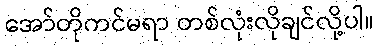
အော်တိုကင်မရာ တစ်လုံးလိုချင်လို့ပါ။